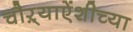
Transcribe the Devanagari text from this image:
चौऱ्याऐंशीच्या